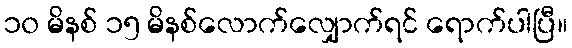
၁၀ မိနစ် ၁၅ မိနစ်လောက်လျှောက်ရင် ရောက်ပါပြီ။